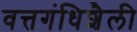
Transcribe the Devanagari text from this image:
वत्तगंधिशैली